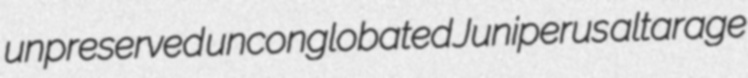
unpreserved unconglobated Juniperus altarage